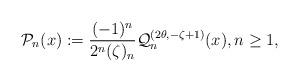
LaTeX: \begin{align*}\mathcal{P}_{n}(x):=\dfrac{(-1)^n}{2^n(\zeta)_n}\mathcal{Q}^{(2\theta,-\zeta+1)}_{n}(x), n \geq 1,\end{align*}